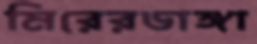
মিরেরডাঙ্গা